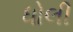
ધોલી